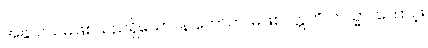
အနုသယမဖြစ်သည်ရှိသော်။ န ဟောတိ၊ မဖြစ်။ ဣတိ တသ္မာ၊ ကြောင့်။